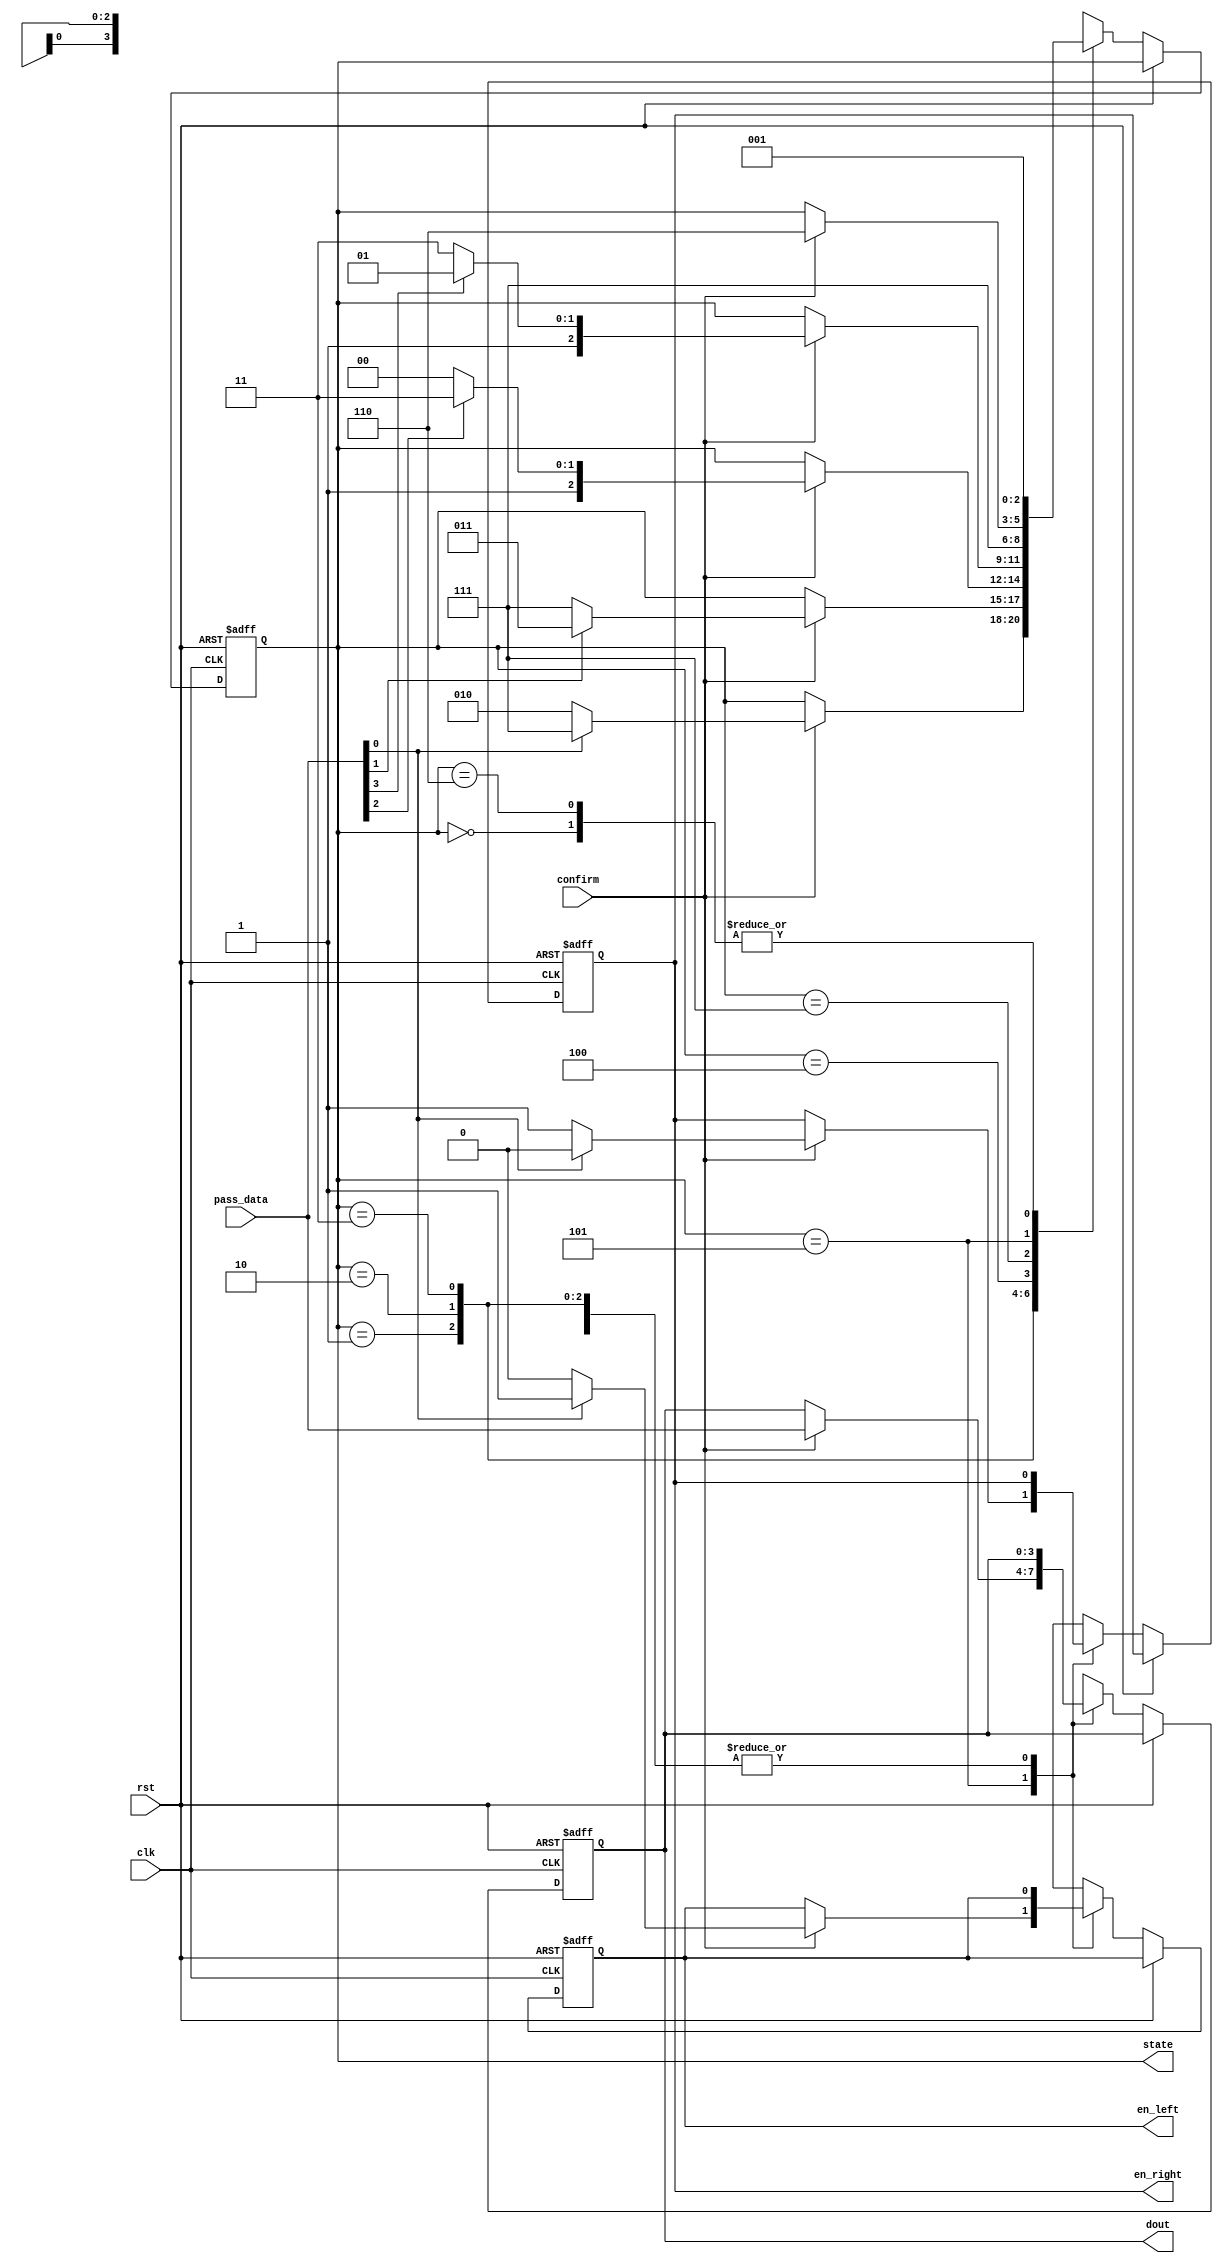
/*--  *******************************************************
--  Computer Architecture Course, Laboratory Sources 
--  Amirkabir University of Technology (Tehran Polytechnic)
--  Department of Computer Engineering (CE-AUT)
--  https://ce[dot]aut[dot]ac[dot]ir
--  *******************************************************
--  All Rights reserved (C) 2019-2020
--  *******************************************************
--  Student ID  : 
--  Student Name: 
--  Student Mail: 
--  *******************************************************
--  Additional Comments:
--
--*/

/*-----------------------------------------------------------
---  Module Name: FSM
---  Description: Lab 10 Part 2
-----------------------------------------------------------*/
`timescale 1 ns/1 ns

//implementing moore machine
module fsm (
	input        rst ,
	input        clk ,
	input        confirm ,
	input  [3:0] pass_data ,
	output reg en_left,
	output reg en_right,
	output reg [3:0] dout,
	output reg [2:0] state
);

	parameter s0 = 3'b000, s1 = 3'b001, s2 = 3'b111, s3 = 3'b101, s4 = 3'b110;	
	parameter t0 = 3'b010, t1 = 3'b011 , t2 = 3'b100;
	
	always @ (posedge clk or posedge rst)
		if(rst) begin
			state = s0;
			en_left = 1'b0;
			en_right = 1'b0;
			dout = 4'b0000;
		end
		else if(~rst) begin
			case (state)
				//state 0
				s0: state = s1;
				
				//state 1
				s1: begin
					if(confirm) begin
						if(~pass_data[0])
							state = t0;
						else
							state = s2;
					end
				end
				
				//state t0
				t0: begin
					if(confirm) begin
						if(pass_data[1])
							state = t1;
						else
							state = s2;
					end
				end
				
				//state t1
				t1: begin
					if(confirm) begin
						if(~pass_data[2])
							state = t2;
						else
							state = s2;
					end
				end
			
				//state t2
				t2: begin
					if(confirm) begin
						if(pass_data[3])
							state = s3;
						else
							state = s2;
					end
				end
				
				//state 2
				s2: state = s2;
				
				//state 3
				s3: begin
					if(confirm) begin
						if(~pass_data[0]) begin
							//registering the even digits into the right register and vice versa
							en_right = 1'b1;
							en_left = 1'b0;
						end
						else begin
							en_right = 1'b0;
							en_left = 1'b1;
						end
						dout = pass_data;
						state = s4;
					end
				end
				
				//state 4
				s4: state = s1; 
			endcase
		end
endmodule